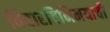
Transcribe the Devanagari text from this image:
विचारविनिमयाची